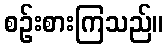
စဉ်းစားကြသည်။